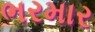
ભરમાર